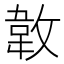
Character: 𢾝